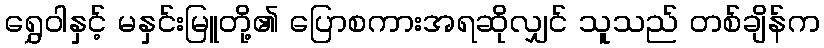
ရွှေဝါနှင့် မနှင်းမြူတို့၏ ပြောစကားအရဆိုလျှင် သူသည် တစ်ချိန်က